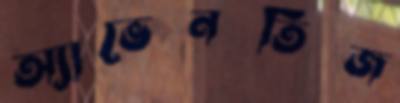
অ্যাভেনতিজ